Lunatic asylums in Bengal annual reports 1888-1898 - 1888-1898
Year: 1888
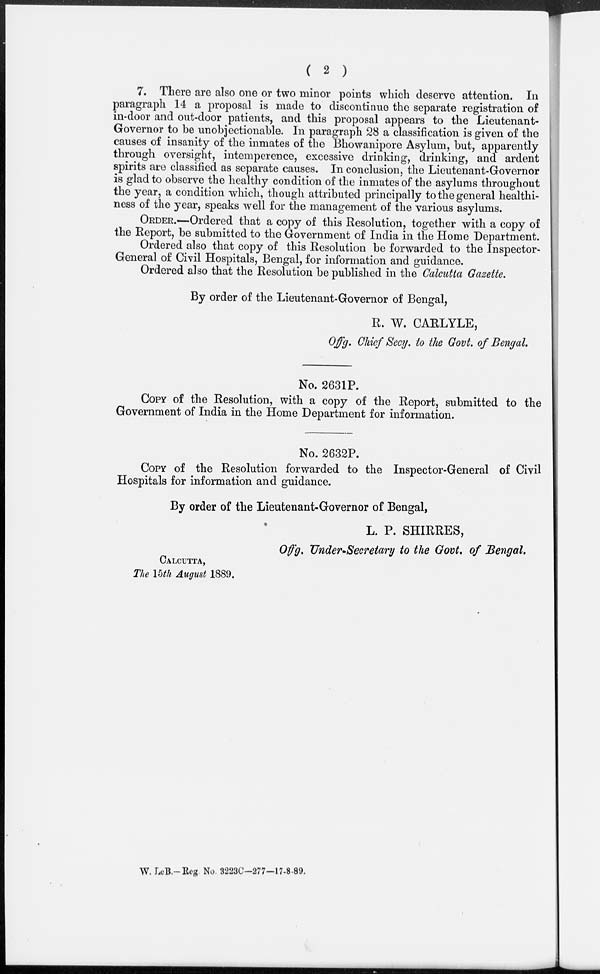
( 2 )
7. There are also one or two minor points which deserve attention. In
paragraph 14 a proposal is made to discontinue the separate registration of
in-door and out-door patients, and this proposal appears to the Lieutenant-
Governor to be unobjectionable. In paragraph 28 a classification is given of the
causes of insanity of the inmates of the Bhowanipore Asylum, but, apparently
through oversight, intemperence, excessive drinking, drinking, and ardent
spirits are classified as separate causes. In conclusion, the Lieutenant-Governor
is glad to observe the healthy condition of the inmates of the asylums throughout
the year, a condition which, though attributed principally to the general healthi-
ness of the year, speaks well for the management of the various asylums.
ORDER.—Ordered that a copy of this Resolution, together with a copy of
the Report, be submitted to the Government of India in the Home Department.
Ordered also that copy of this Resolution be forwarded to the Inspector-
General of Civil Hospitals, Bengal, for information and guidance.
Ordered also that the Resolution be published in the Calcutta Gazette.
By order of the Lieutenant-Governor of Bengal,
R. W. CARLYLE,
Offg. Chief Secy. to the Govt. of Bengal.
No. 2631P.
COPY of the Resolution, with a copy of the Report, submitted to the
Government of India in the Home Department for information.
No. 2632P.
COPY of the Resolution forwarded to the Inspector-General of Civil
Hospitals for information and guidance.
By order of the Lieutenant-Governor of Bengal,
L. P. SHIRRES,
Offg. Under-Secretary to the Govt. of Bengal.
CALCUTTA,
The 15th August 1889.
W. LeB.—Reg No. 3223C—277—17-8-89.